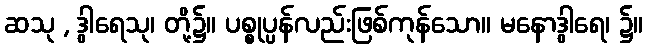
ဆသု , ဒွါရေသု၊ တို့၌။ ပစ္စုပ္ပန်လည်းဖြစ်ကုန်သော။ မနောဒွါရေ၊ ၌။